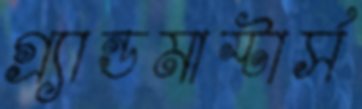
গ্র্যান্ডমাস্টার্স